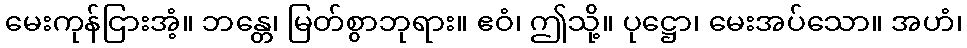
မေးကုန်ငြားအံ့။ ဘန္တေ၊ မြတ်စွာဘုရား။ ဧဝံ၊ ဤသို့။ ပုဋ္ဌော၊ မေးအပ်သော။ အဟံ၊